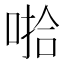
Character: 𰈄